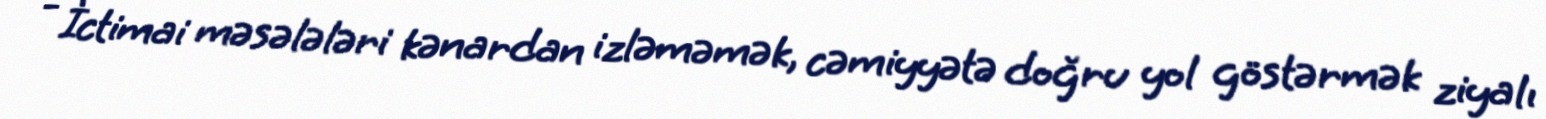
- İctimai məsələləri kənardan izləməmək, cəmiyyətə doğru yol göstərmək ziyalı